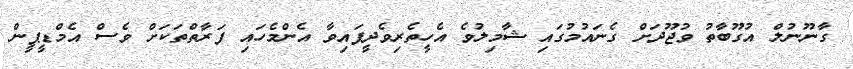
ގާނޫނުލް އުގޫބާތު ވުޖޫދަށް ގެނައުމުގައި ޝާމިލުވެ އެހީތެރިވެދީފައިވާ އެންމެހައި ފަރާތްތަކަށް ވެސް އެމްޑީޕީން